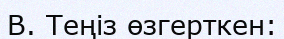
В. Теңіз өзгерткен: